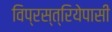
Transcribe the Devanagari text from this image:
विप्रस्त्रियेपासी